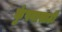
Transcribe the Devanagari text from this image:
कुंपनासाठी